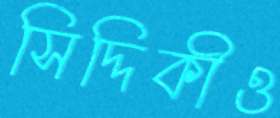
সিদ্দিকীও